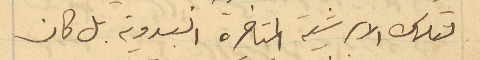
لتلك الابرشية المتاخرة البدوية بل كان